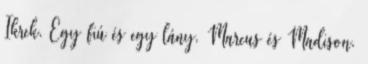
Ikrek. Egy fiú és egy lány. Marcus és Madison.